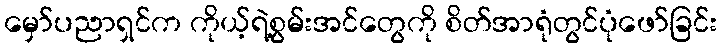
မှော်ပညာရှင်က ကိုယ့်ရဲ့စွမ်းအင်တွေကို စိတ်အာရုံတွင်ပုံဖော်ခြင်း